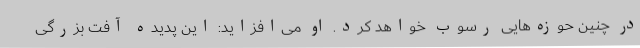
در چنین حوزه‌هایی رسوب خواهد کرد. او می‌افزاید: این پدیده آفت بزرگی